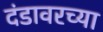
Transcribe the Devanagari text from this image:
दंडावरच्या